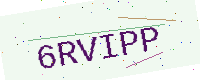
Text: 6RVIPP